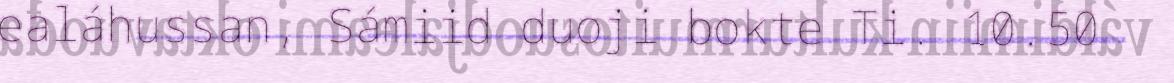
ealáhussan, Sámiid duoji bokte Ti. 10.50